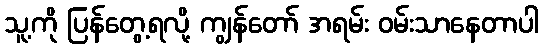
သူ့ကို ပြန်တွေ့ရလို့ ကျွန်တော် အရမ်း ဝမ်းသာနေတာပါ